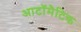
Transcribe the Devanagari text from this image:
आटॉमैटिक